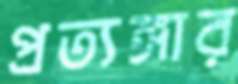
প্রত্যঙ্গার